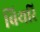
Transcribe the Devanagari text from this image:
बिथरि